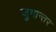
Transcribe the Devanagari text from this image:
जुगान्तर